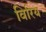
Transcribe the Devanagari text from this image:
विरिय